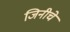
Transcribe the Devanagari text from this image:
जिनीचे